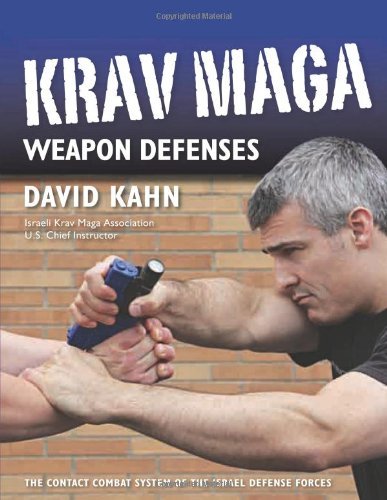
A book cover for Krav Maga Weapon Defenses: The Contact Combat System of the Israel Defense Forces; David Kahn; Politics & Social Sciences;